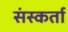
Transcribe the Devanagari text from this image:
संस्कर्ता